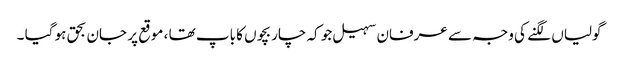
گولیاں لگنے کی وجہ سے عرفان سہیل جو کہ چار بچوں کا باپ تھا ، موقع پر جان بحق ہو گیا ۔